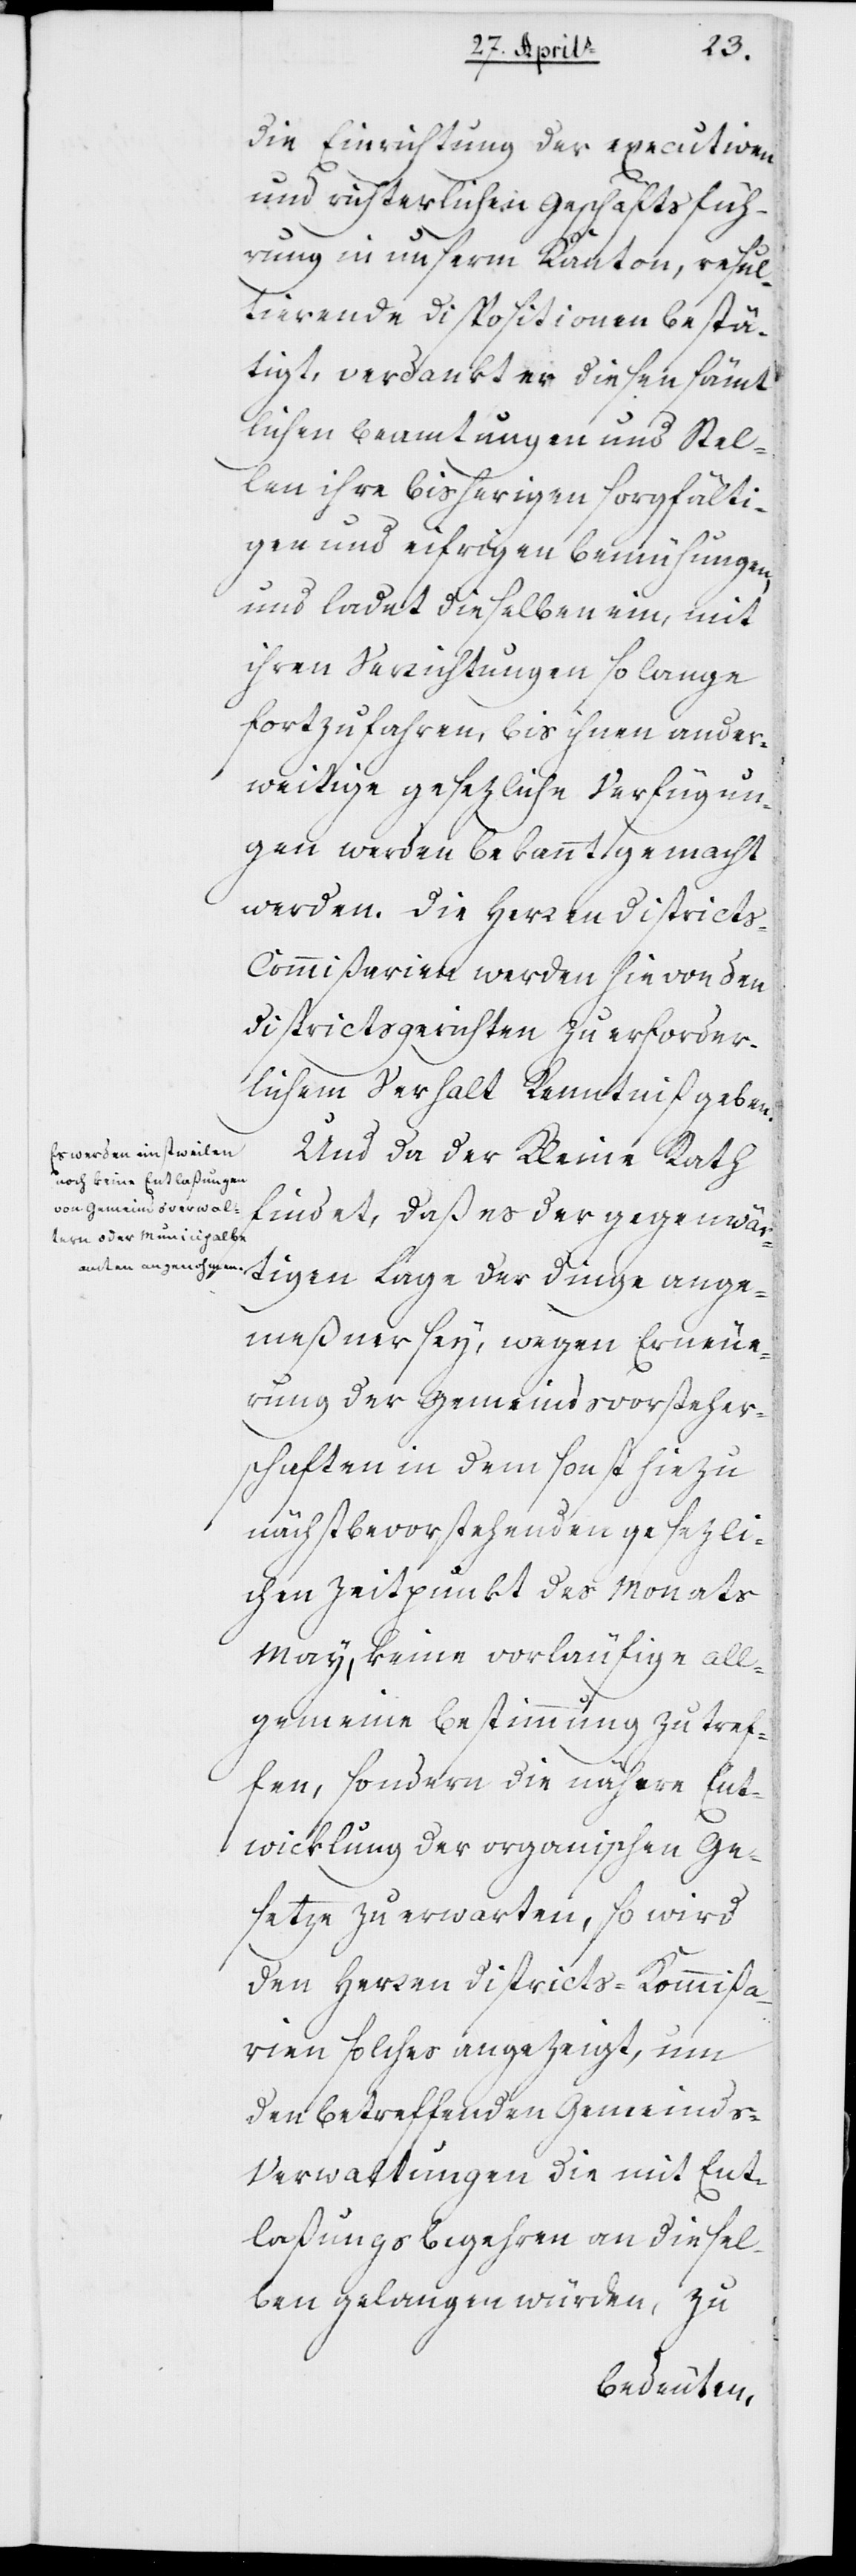
die Einrichtung der exekutiven
und richterlichen Geschäftsfüh¬
rung in unserm Kanton, resul¬
tierende Dispositionen bestä¬
tigt, verdankt er diesen sämt¬
lichen Beamtungen und Stel¬
len ihre bisherigen sorgfälti¬
gen und eifrigen Bemühungen,
und ladet dieselben ein, mit
ihren Verrichtungen so lange
fortzufahren, bis ihnen ander¬
weitige gesetzliche Verfügun¬
gen werden bekannt gemacht
werden. Die Herren District¬
s-Commißarien werden hievon den
Districtsgerichten zu erforder¬
lichem Verhalt Kenntniß geben.
Und da der Kleine Rath
findet, daß es der gegenwär¬
tigen Lage der Dinge ange¬
meßner sey, wegen Erneue¬
rung der Gemeindsvorsteher¬
schaften in dem sonst hiezu
nächst bevorstehenden gesezli¬
chen Zeitpunkt des Monats
May, keine vorläufige all¬
gemeine Bestimmung zu tref¬
fen, sondern die nähere Ent¬
wicklung der organischen Ge¬
setze zu erwarten, so wird
den Herren Districts-Kommißa¬
rien solches angezeigt, um
den betreffenden Gemeinds-V¬
erwaltungen die mit Ent¬
laßungsbegehren an diesel¬
ben gelangen würden, zu